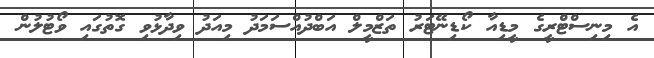
އެ މިނިސްޓްރީގެ މީޑިއާ ކޯޑިނޭޓަރު ތަޒްމީލް އަބްދުއްސަމަދު މިއަދު ވިދާޅުވި ގޮތުގައި ވޯޓުލުން